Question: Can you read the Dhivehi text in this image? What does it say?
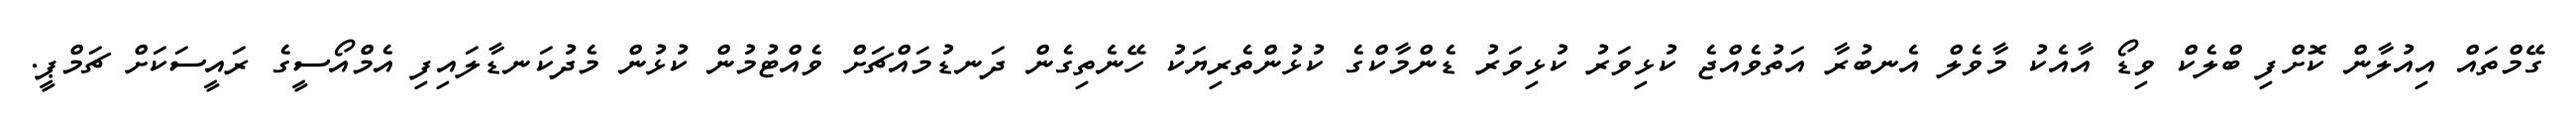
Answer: ގޭމްތައް އިއުލާން ކޮށްފި ބްލެކް ވިޑޯ އާއެކު މާވެލް އެނބުރާ އަތުވެއްޖެ ކުޅިވަރު ކުޅިވަރު ޑެންމާކްގެ ކުޅުންތެރިޔަކު ހޭނެތިގެން ދަނޑުމައްޗަށް ވެއްޓުމުން ކުޅުން މެދުކަނޑާލައިފި އެމްއޯސީގެ ރައީސަކަށް ޗަމްޕީ.